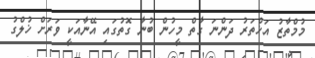
މުމްތާޒު އަޚްތަރު ދަންނަ ގާތް މީހުން ބުނާ ގޮތުގައި އޭނާއަކީ ވަރަށް ޚުލްގު